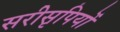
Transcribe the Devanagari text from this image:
सरीसृपियों